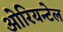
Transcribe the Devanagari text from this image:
ओरियन्टेल